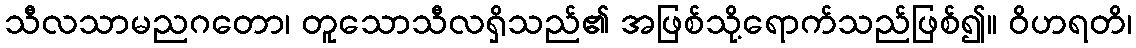
သီလသာမညဂတော၊ တူသောသီလရှိသည်၏ အဖြစ်သို့ရောက်သည်ဖြစ်၍။ ဝိဟရတိ၊